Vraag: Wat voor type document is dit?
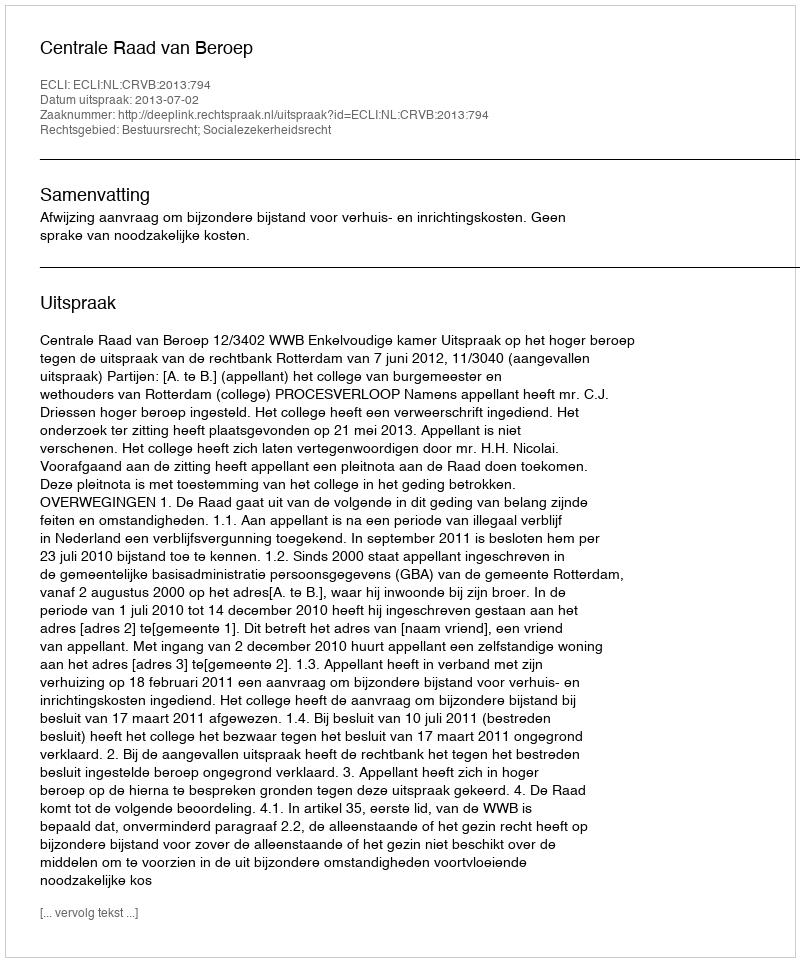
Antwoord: Uitspraak